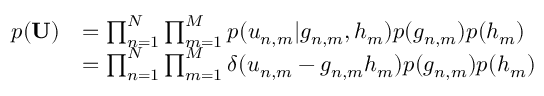
\begin{array} { r l } { p ( { \bf U } ) } & { = \prod _ { n = 1 } ^ { N } \prod _ { m = 1 } ^ { M } p ( u _ { n , m } | g _ { n , m } , h _ { m } ) p ( g _ { n , m } ) p ( h _ { m } ) } \\ & { = \prod _ { n = 1 } ^ { N } \prod _ { m = 1 } ^ { M } \delta ( u _ { n , m } - g _ { n , m } h _ { m } ) p ( g _ { n , m } ) p ( h _ { m } ) } \end{array}